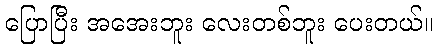
ပြောပြီး အအေးဘူး လေးတစ်ဘူး ပေးတယ်။